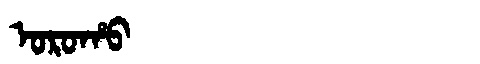
Manchu: ᠣᡵᠣᡥᠣ
Romanization: OROHO